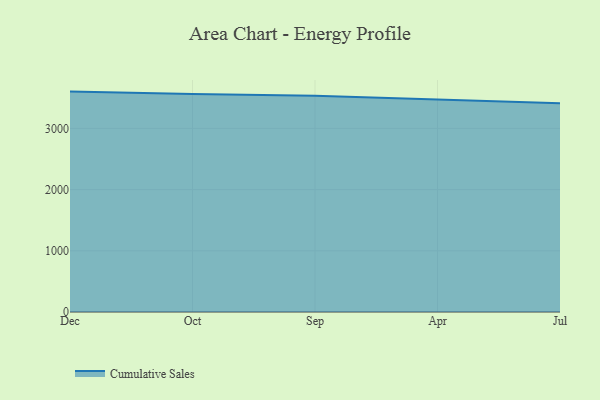
{"axis": {"x": "Month", "y": "Satisfaction Score"}, "legend": ["Cumulative Sales"], "data": [{"x": "Dec", "y": 3601.5, "type": "Cumulative Sales"}, {"x": "Oct", "y": 3560.5, "type": "Cumulative Sales"}, {"x": "Sep", "y": 3534.7, "type": "Cumulative Sales"}, {"x": "Apr", "y": 3469.2, "type": "Cumulative Sales"}, {"x": "Jul", "y": 3412.4, "type": "Cumulative Sales"}]}